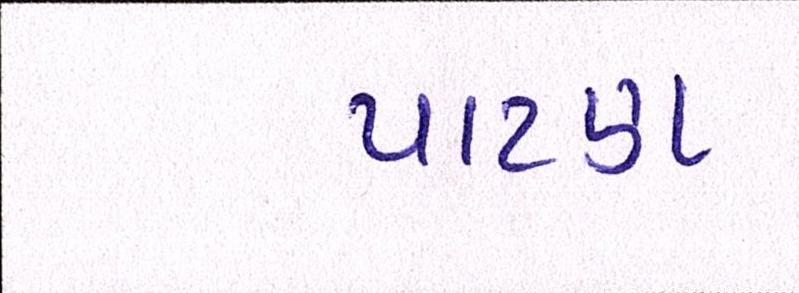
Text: પાટણ